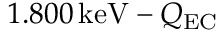
1 . 8 0 0 \, \mathrm { k e V } - Q _ { \mathrm { E C } }